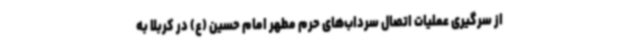
از سرگیری عملیات اتصال سرداب‌های حرم مطهر امام حسین (ع) در کربلا به